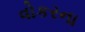
વોકરના